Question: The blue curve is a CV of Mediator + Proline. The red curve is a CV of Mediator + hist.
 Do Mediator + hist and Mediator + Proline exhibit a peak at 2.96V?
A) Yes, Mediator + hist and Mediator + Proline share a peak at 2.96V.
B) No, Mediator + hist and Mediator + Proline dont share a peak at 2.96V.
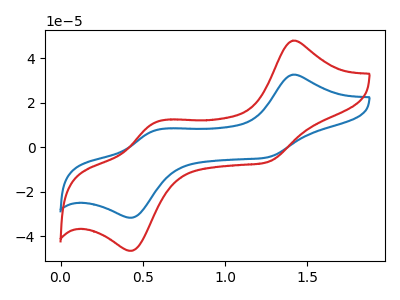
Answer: <think>The blue curve "Mediator + Proline" has anodic peaks at (1.40V, 32.55uA) (0.60V, 7.55uA) and cathodic peaks at (1.25V, -4.55uA) (0.45V, -31.65uA). The red curve "Mediator + hist" has anodic peaks at (1.40V, 47.80uA) (0.60V, 11.10uA) and cathodic peaks at (1.25V, -6.70uA) (0.45V, -46.50uA).</think>
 <answer>B) No, "Mediator + hist" and "Mediator + Proline" dont share a peak at 2.96V.</answer>
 <eval>B</eval>